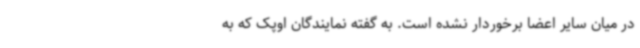
در میان سایر اعضا برخوردار نشده است. به گفته نمایندگان اوپک که به